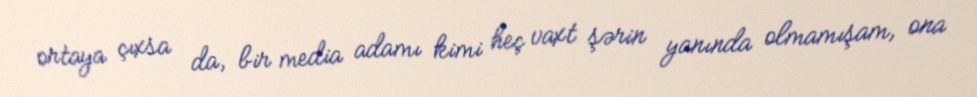
ortaya çıxsa da, bir media adamı kimi heç vaxt şərin yanında olmamışam, ona